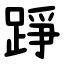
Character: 踭